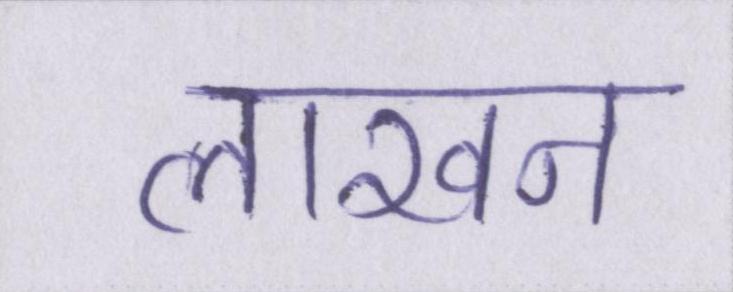
लाखन